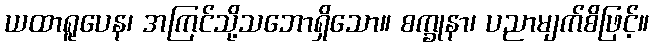
ယထာရူပေန၊ အကြင်သို့သဘောရှိသော။ စက္ခုနာ၊ ပညာမျက်စိဖြင့်။